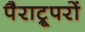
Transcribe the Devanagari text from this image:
पैराट्रूपरों